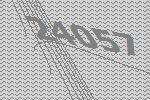
24057